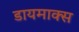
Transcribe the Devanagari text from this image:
डायमाक्स